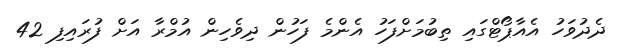
ދެދުވަހު އެއާޕޯޓްގައި ތިބުމަށްފަހު އެންމެ ފަހުން ދިވެހިން އުމްރާ އަށް ފުރައިފި 42